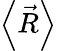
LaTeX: \left\langle{\vec{R}}\right\rangle